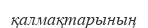
қалмақтарының